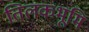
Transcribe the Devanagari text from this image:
तिलकभूमि